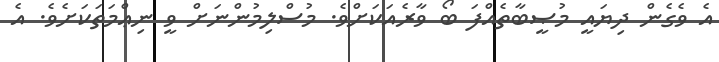
އެ ވެގެން ދިޔައީ މުޞީބާތެއްފަ ބޯ ވާރެއަކަށްވެ. މުސްލިމުންނަށް ވީ ނިޢްމަތަކަށެވެ. އެ